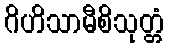
ဂိဟိသာမီစိသုတ္တံ